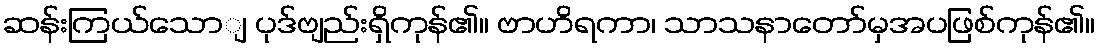
ဆန်းကြယ်သောျ ပုဒ်ဗျည်းရှိကုန်၏။ ဗာဟိရကာ၊ သာသနာတော်မှအပဖြစ်ကုန်၏။